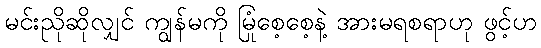
မင်းညိုဆိုလျှင် ကျွန်မကို မြုံစေ့စေ့နဲ့ အားမရစရာဟု ဖွင့်ဟ